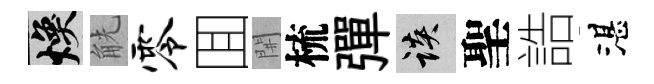
焕觥零囬𨳩梳彈談聖誥湛